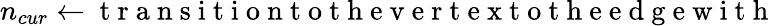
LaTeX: n_{cur}\gets\mathrm{~t~r~a~n~s~i~t~i~o~n~t~o~t~h~e~v~e~r~t~e~x~t~o~t~h~e~e~d~g~e~w~i~t~h~}